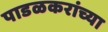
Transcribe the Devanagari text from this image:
पाडळकरांच्या